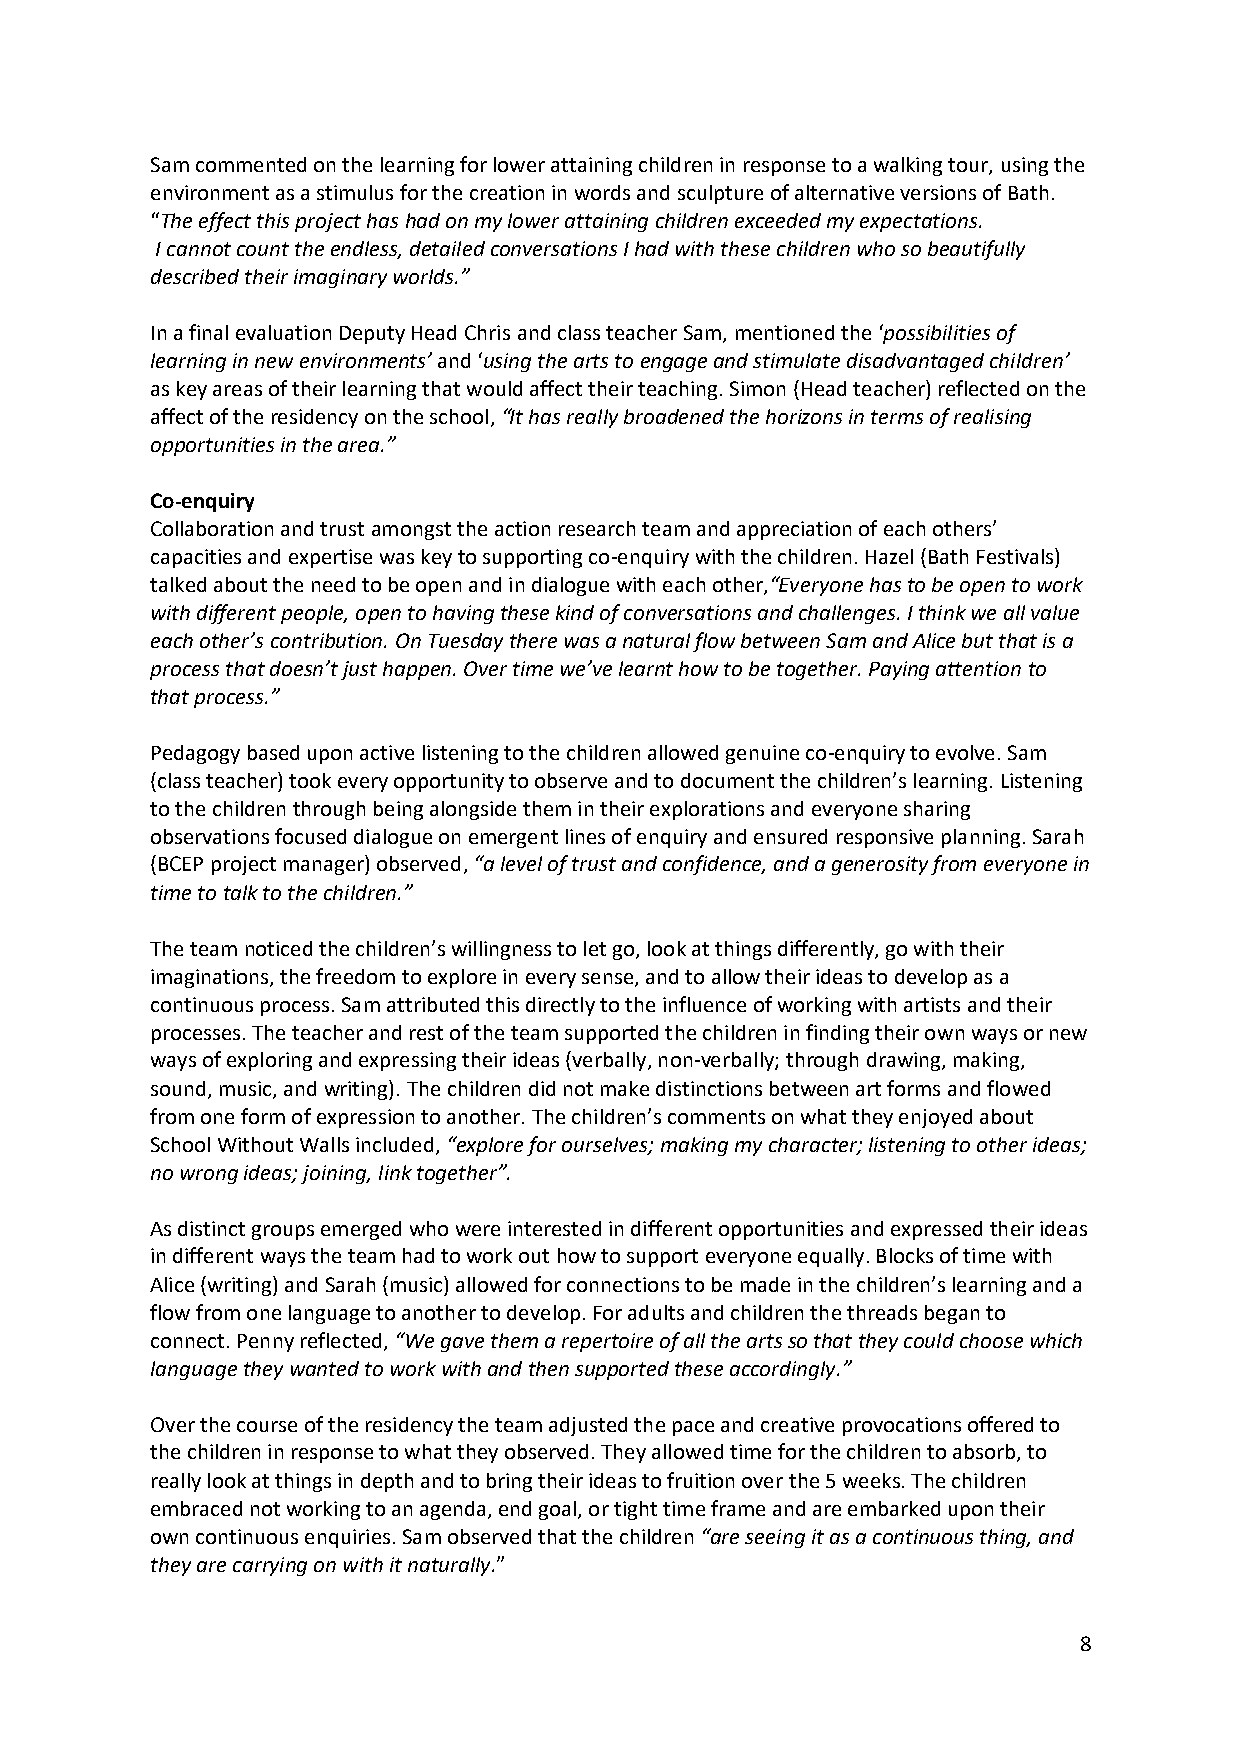
Sam commented on the learning for lower attaining children in response to a walking tour, using the
 environment as a stimulus for the creation in words and sculpture of alternative versions of Bath.
 “The effect this project has had on my lower attaining children exceeded my expectations.
 I cannot count the endless, detailed conversations I had with these children who so beautifully
 described their imaginary worlds.”
 In a final evaluation Deputy Head Chris and class teacher Sam, mentioned the ‘possibilities of
 learning in new environments’ and ‘using the arts to engage and stimulate disadvantaged children’
 as key areas of their learning that would affect their teaching. Simon (Head teacher) reflected on the
 affect of the residency on the school, “It has really broadened the horizons in terms of realising
 opportunities in the area.”
 Co-enquiry
 Collaboration and trust amongst the action research team and appreciation of each others’
 capacities and expertise was key to supporting co-enquiry with the children. Hazel (Bath Festivals)
 talked about the need to be open and in dialogue with each other,“Everyone has to be open to work
 with different people, open to having these kind of conversations and challenges. I think we all value
 each other’s contribution. On Tuesday there was a natural flow between Sam and Alice but that is a
 process that doesn’t just happen. Over time we’ve learnt how to be together. Paying attention to
 that process.”
 Pedagogy based upon active listening to the children allowed genuine co-enquiry to evolve. Sam
 (class teacher) took every opportunity to observe and to document the children’s learning. Listening
 to the children through being alongside them in their explorations and everyone sharing
 observations focused dialogue on emergent lines of enquiry and ensured responsive planning. Sarah
 (BCEP project manager) observed, “a level of trust and confidence, and a generosity from everyone in
 time to talk to the children.”
 The team noticed the children’s willingness to let go, look at things differently, go with their
 imaginations, the freedom to explore in every sense, and to allow their ideas to develop as a
 continuous process. Sam attributed this directly to the influence of working with artists and their
 processes. The teacher and rest of the team supported the children in finding their own ways or new
 ways of exploring and expressing their ideas (verbally, non-verbally; through drawing, making,
 sound, music, and writing). The children did not make distinctions between art forms and flowed
 from one form of expression to another. The children’s comments on what they enjoyed about
 School Without Walls included, “explore for ourselves; making my character; listening to other ideas;
 no wrong ideas; joining, link together”.
 As distinct groups emerged who were interested in different opportunities and expressed their ideas
 in different ways the team had to work out how to support everyone equally. Blocks of time with
 Alice (writing) and Sarah (music) allowed for connections to be made in the children’s learning and a
 flow from one language to another to develop. For adults and children the threads began to
 connect. Penny reflected, “We gave them a repertoire of all the arts so that they could choose which
 language they wanted to work with and then supported these accordingly.”
 Over the course of the residency the team adjusted the pace and creative provocations offered to
 the children in response to what they observed. They allowed time for the children to absorb, to
 really look at things in depth and to bring their ideas to fruition over the 5 weeks. The children
 embraced not working to an agenda, end goal, or tight time frame and are embarked upon their
 own continuous enquiries. Sam observed that the children “are seeing it as a continuous thing, and
 they are carrying on with it naturally.”
 8